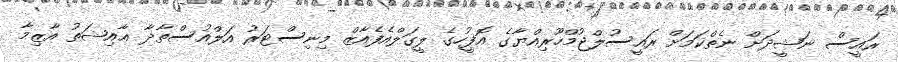
ރައީސް ނަޝީދަށް ނެތްކަމަށް ރައީސުލްޖުމްހޫރިއްޔާގެ އޮފީހުގެ ލީގަލްއެފެއާޒް މިނިސްޓަރު އަލްއުސްތާޛާ ޢާއިޝަތު އާޒިމާ